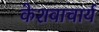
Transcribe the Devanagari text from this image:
केशवाचार्य